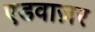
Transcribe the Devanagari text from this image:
एडवाज़र